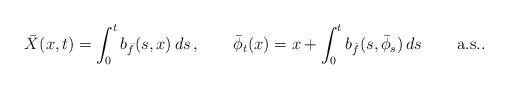
LaTeX: \begin{align*}\bar{X}(x,t)=\int_{0}^{t}b_{\bar{f}}(s,x)\, ds\,,\qquad\bar{\phi}_{t}(x)=x+\int_{0}^{t}b_{\bar{f}}(s,\bar{\phi}_{s})\, ds\,\qquad\mbox{a.s..}\end{align*}